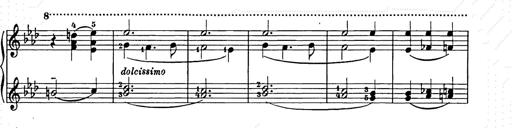
Title: Weihnachtsbaum
Composer: Franz Liszt